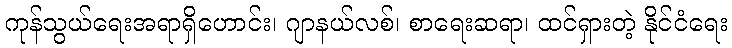
ကုန်သွယ်ရေးအရာရှိဟောင်း၊ ဂျာနယ်လစ်၊ စာရေးဆရာ၊ ထင်ရှားတဲ့ နိုင်ငံရေး